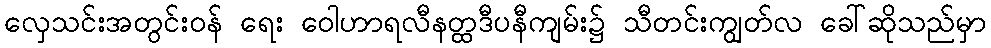
လှေသင်းအတွင်းဝန် ရေး ဝေါဟာရလီနတ္ထဒီပနီကျမ်း၌ သီတင်းကျွတ်လ ခေါ်ဆိုသည်မှာ